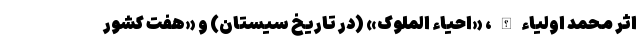
اثر محمد اولیاءالله، «احیاء الملوک» (در تاریخ سیستان) و «هفت کشور